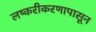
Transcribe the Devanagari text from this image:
लष्करीकरणापासून